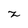
Character: z